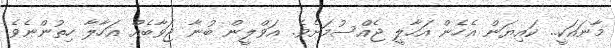
މާނައަކީ.. ކައިޔަން އެހެން އަހާލީ ޖެއްސުމަށެވެ. އަވްލީން ބުނާ ޖަވާބެއް އަހާލާ ހިތުންނެވެ.